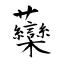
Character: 虊